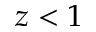
z < 1